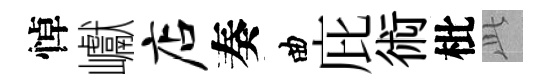
悼巘店奏曲庇術枇𬼘